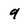
Character: 9